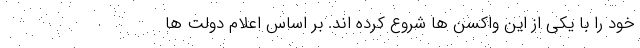
خود را با یکی از این واکسن ها شروع کرده اند. بر اساس اعلام دولت ها